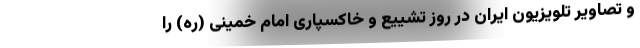
و تصاویر تلویزیون ایران در روز تشییع و خاکسپاری امام خمینی (ره) را